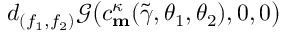
d _ { ( f _ { 1 } , f _ { 2 } ) } \mathscr { G } \big ( c _ { \mathbf { m } } ^ { \kappa } ( \widetilde { \gamma } , \theta _ { 1 } , \theta _ { 2 } ) , 0 , 0 \big )